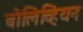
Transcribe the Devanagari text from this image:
बोलिव्हियन